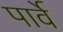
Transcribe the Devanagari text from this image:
पार्वे